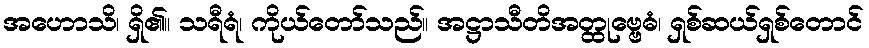
အဟောသိ၊ ရှိ၏။ သရီရံ၊ ကိုယ်တော်သည်။ အဋ္ဌာသီတိအတ္ထုဗ္ဗေဓံ၊ ရှစ်ဆယ်ရှစ်တောင်